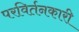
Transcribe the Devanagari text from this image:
परविर्तनकारी